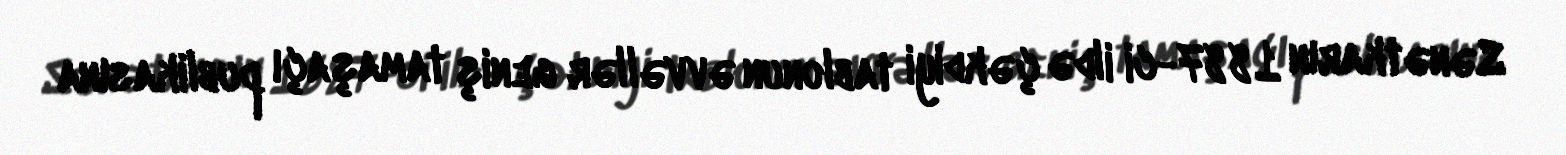
Sənətkarın 1887-ci ildə çəkdiyi tablonun əvvəllər geniş tamaşaçı publikasına